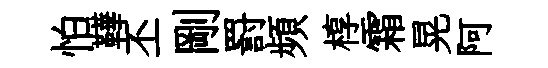
怕鞾丕剛罸頻椁霜晃阿